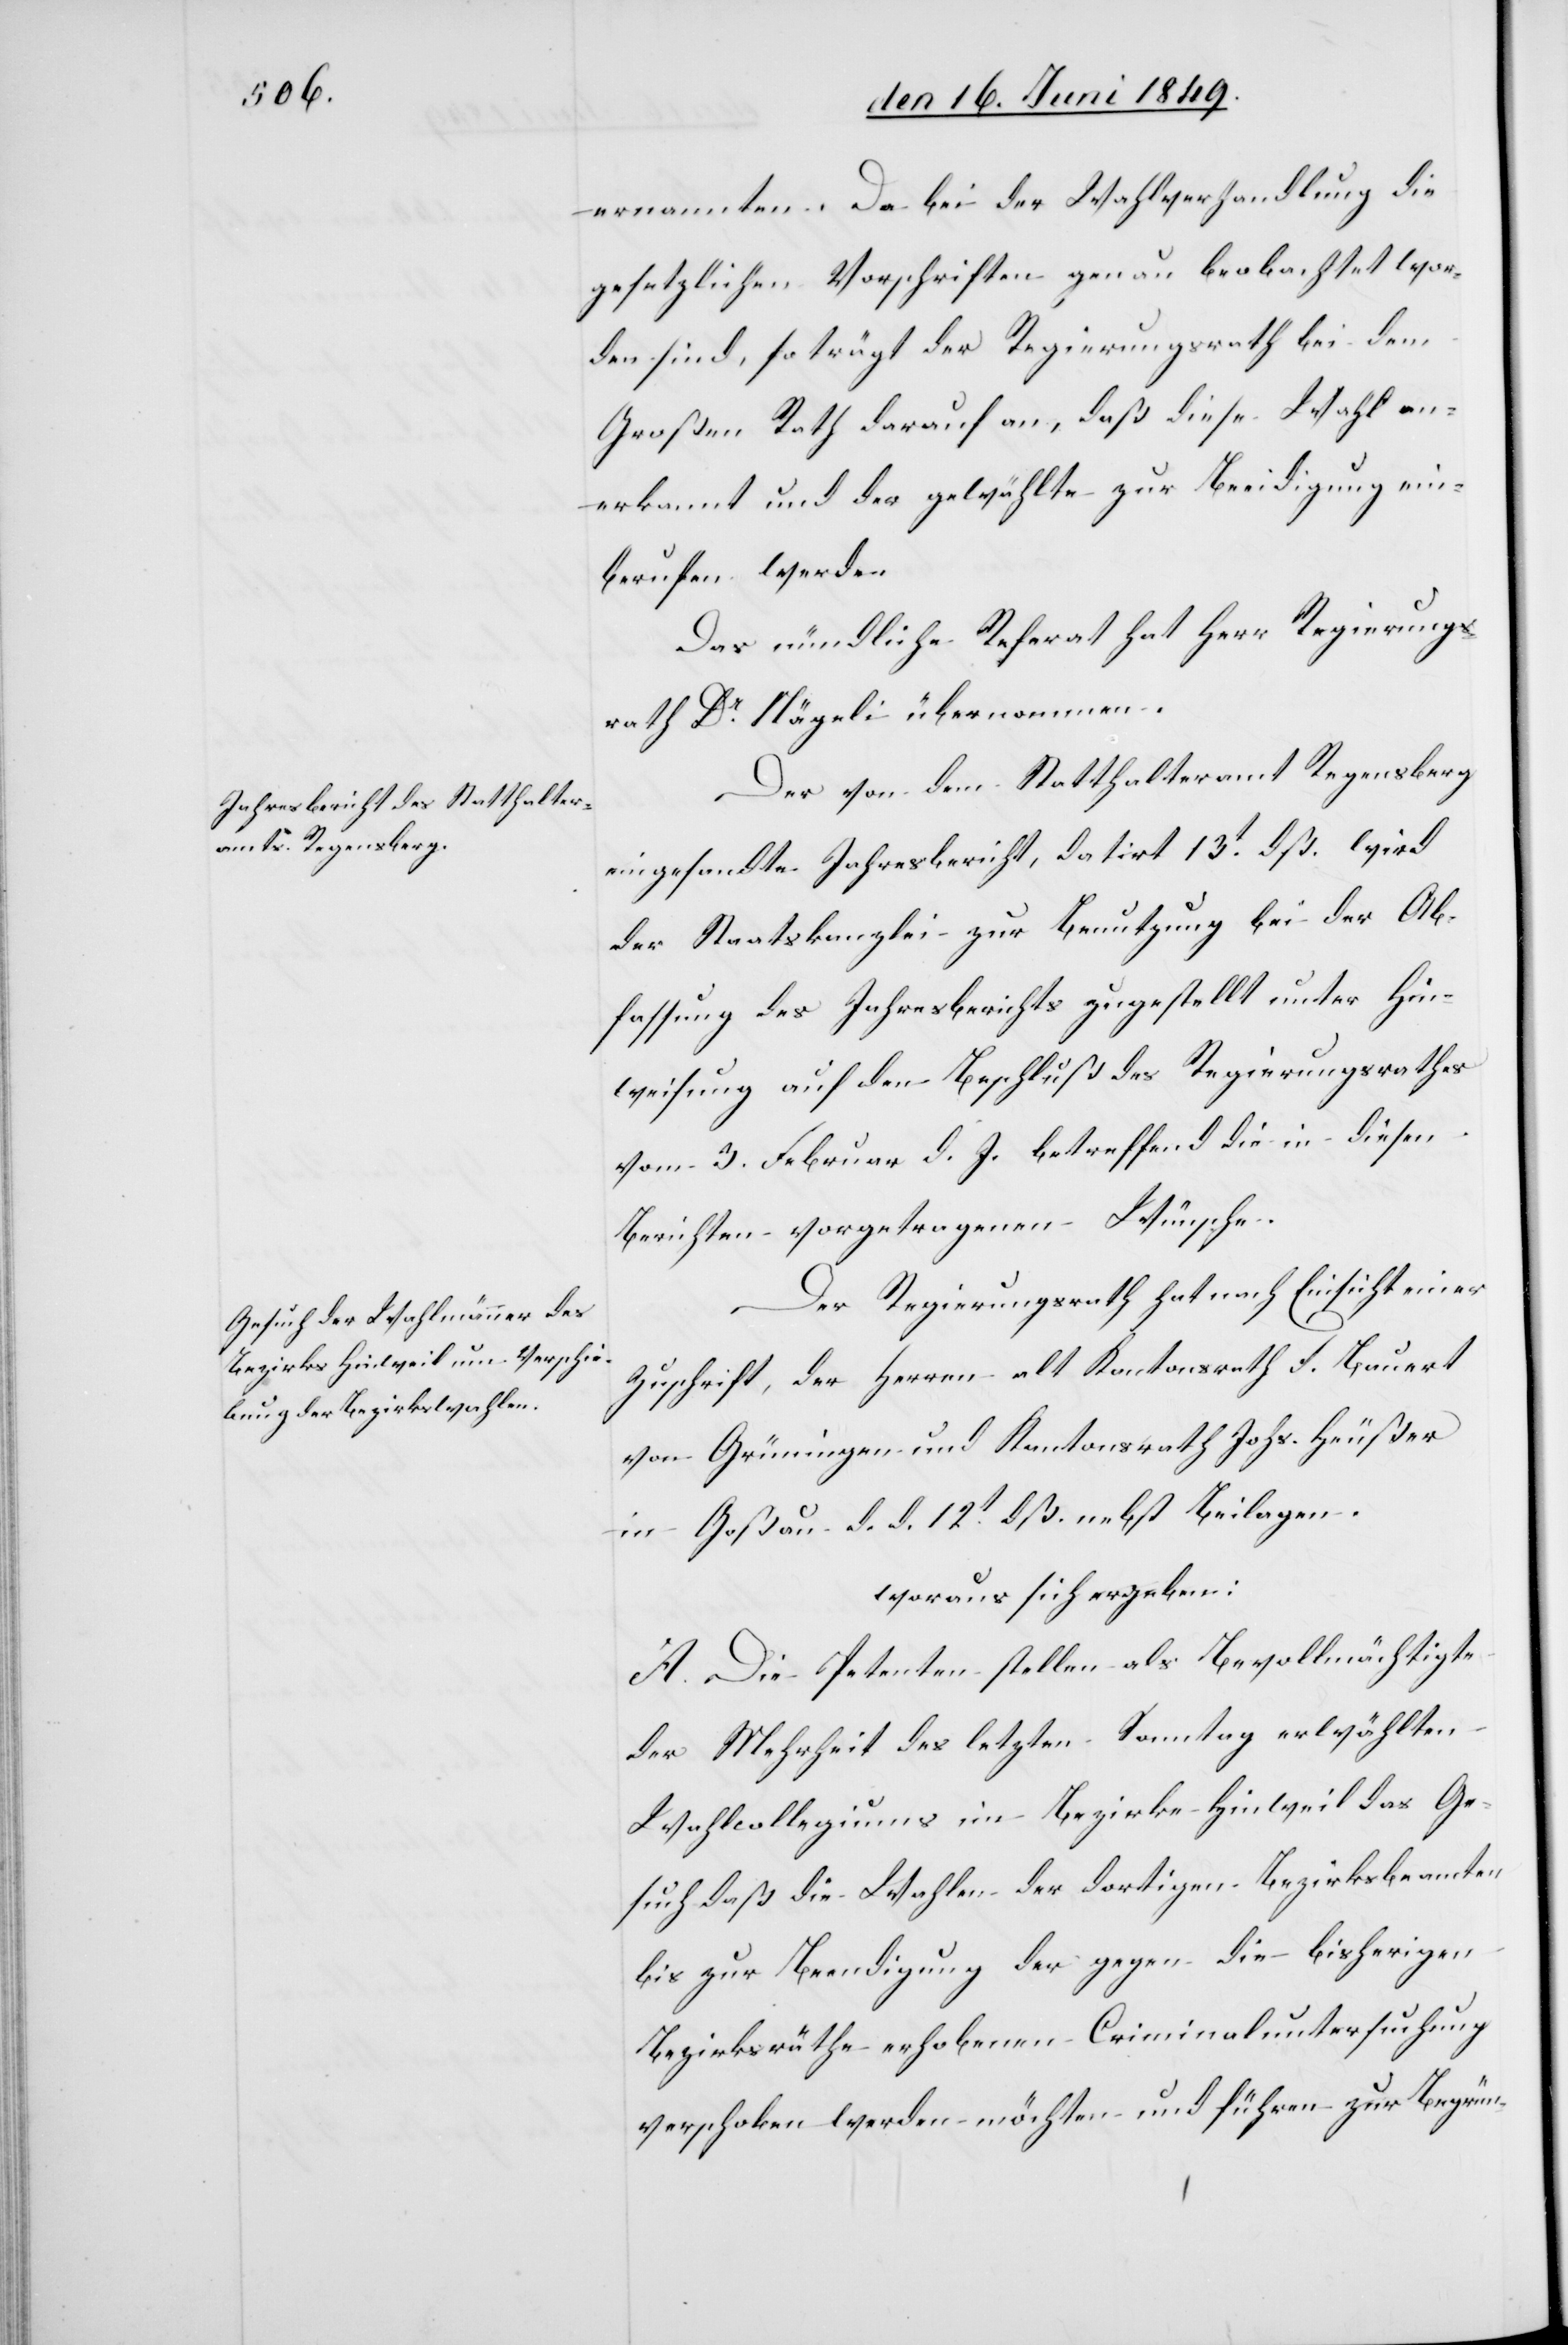
ernannten. Da bei der Wahlverhandlung die
gesetzlichen Vorschriften genau beobachtet wor¬
den sind, so trägt der Regierungsrath bei dem
Großen Rath darauf an, daß diese Wahl an¬
erkannt und der gewählte zur Beeidigung ein¬
berufen werde.
Das mündliche Referat hat Herr Regierungs¬
rath Dr Nägeli übernommen.
Der von dem Statthalteramt Regensberg
eingesandte Jahresbericht, datirt 13t dß. wird
der Staatskanzlei zur Benutzung bei der Ab¬
fassung des Jahresberichts zugestellt unter Hin¬
weisung auf den Beschluß des Regierungsrathes
vom 3. Februar d. J. betreffend die in diesen
Berichten vorgetragenen Wünsche.
Der Regierungsrath hat nach Einsicht einer
Zuschrift, der Herren alt Kantonsrath F. Bauert
von Grüningen und Kantonsrath Johs. Heußer
in Goßau d. d. 12tdß. nebst Beilagen.
woraus sich ergeben:
A. Die Petenten stellen als Bevollmächtigte
der Mehrheit des letzten Sonntag erwählten
Wahlcollogiums im Bezirke Hinweil das Ge¬
such daß die Wahlen der dortigen Bezirksbeamten
bis zur Beendigung der gegen die bisherigen
Bezirksräthe erhobenen Criminaluntersuchung
verschoben werden möchten und führen zur Begrün-